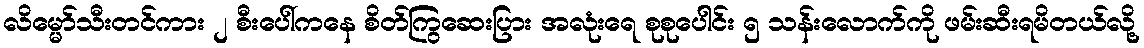
လိမ္မော်သီးတင်ကား ၂ စီးပေါ်ကနေ စိတ်ကြွဆေးပြား အလုံးရေ စုစုပေါင်း ၅ သန်းလောက်ကို ဖမ်းဆီးရမိတယ်လို့